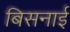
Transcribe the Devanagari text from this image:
बिसनाई